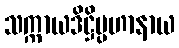
သက္ကာယဒိဋ္ဌိပ္ပဟာနာယ